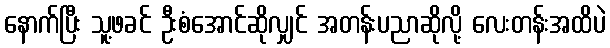
နောက်ပြီး သူ့ဖခင် ဦးစံအောင်ဆိုလျှင် အတန်းပညာဆိုလို့ လေးတန်းအထိပဲ